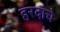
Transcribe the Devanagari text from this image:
हरदाचे